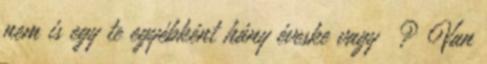
nem is egy te egyébként hány éveske vagy ? Van